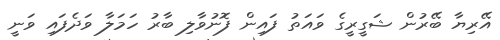
އޭރިޔާ ބޭރުން ޝަގީރީގެ ވައަތު ފައިން ފޮނުވާލި ބާރު ހަމަލާ ވަދެފައި ވަނީ